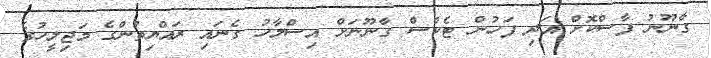
ގާނޫނު ފާސްކޮށް އަދި ފަހުން ޓެކްސް ގާނޫނަށް އިސްލާހު ގެނައި ރައްޔިތުންގެ މަޖިލީހުގެ